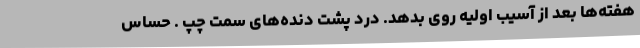
هفته‌ها بعد از آسیب اولیه روی بدهد. درد پشت دنده‌های سمت چپ . حساس